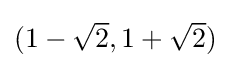
{\textstyle (1-{\sqrt {2}},1+{\sqrt {2}})}